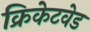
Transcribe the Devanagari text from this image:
क्रिकेटवेड